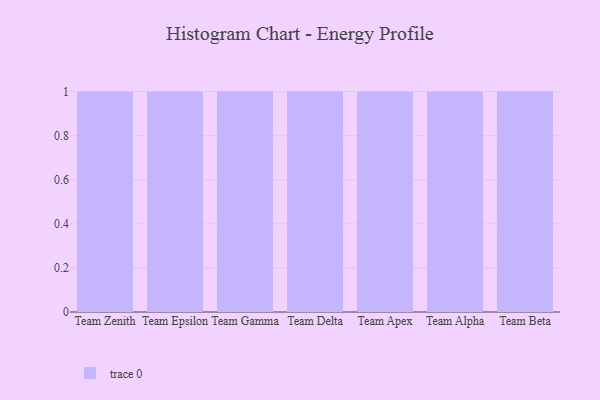
{"axis": {"x": "Team", "y": "Page Views"}, "legend": [""], "data": [{"x": "Team Zenith", "y": 91, "type": ""}, {"x": "Team Epsilon", "y": 50, "type": ""}, {"x": "Team Gamma", "y": 23, "type": ""}, {"x": "Team Delta", "y": 79, "type": ""}, {"x": "Team Apex", "y": 71, "type": ""}, {"x": "Team Alpha", "y": 29, "type": ""}, {"x": "Team Beta", "y": 95, "type": ""}]}